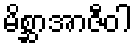
မိစ္ဆာအာဇီဝါ